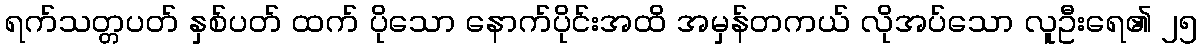
ရက်သတ္တပတ် နှစ်ပတ် ထက် ပိုသော နောက်ပိုင်းအထိ အမှန်တကယ် လိုအပ်သော လူဦးရေ၏ ၂၅